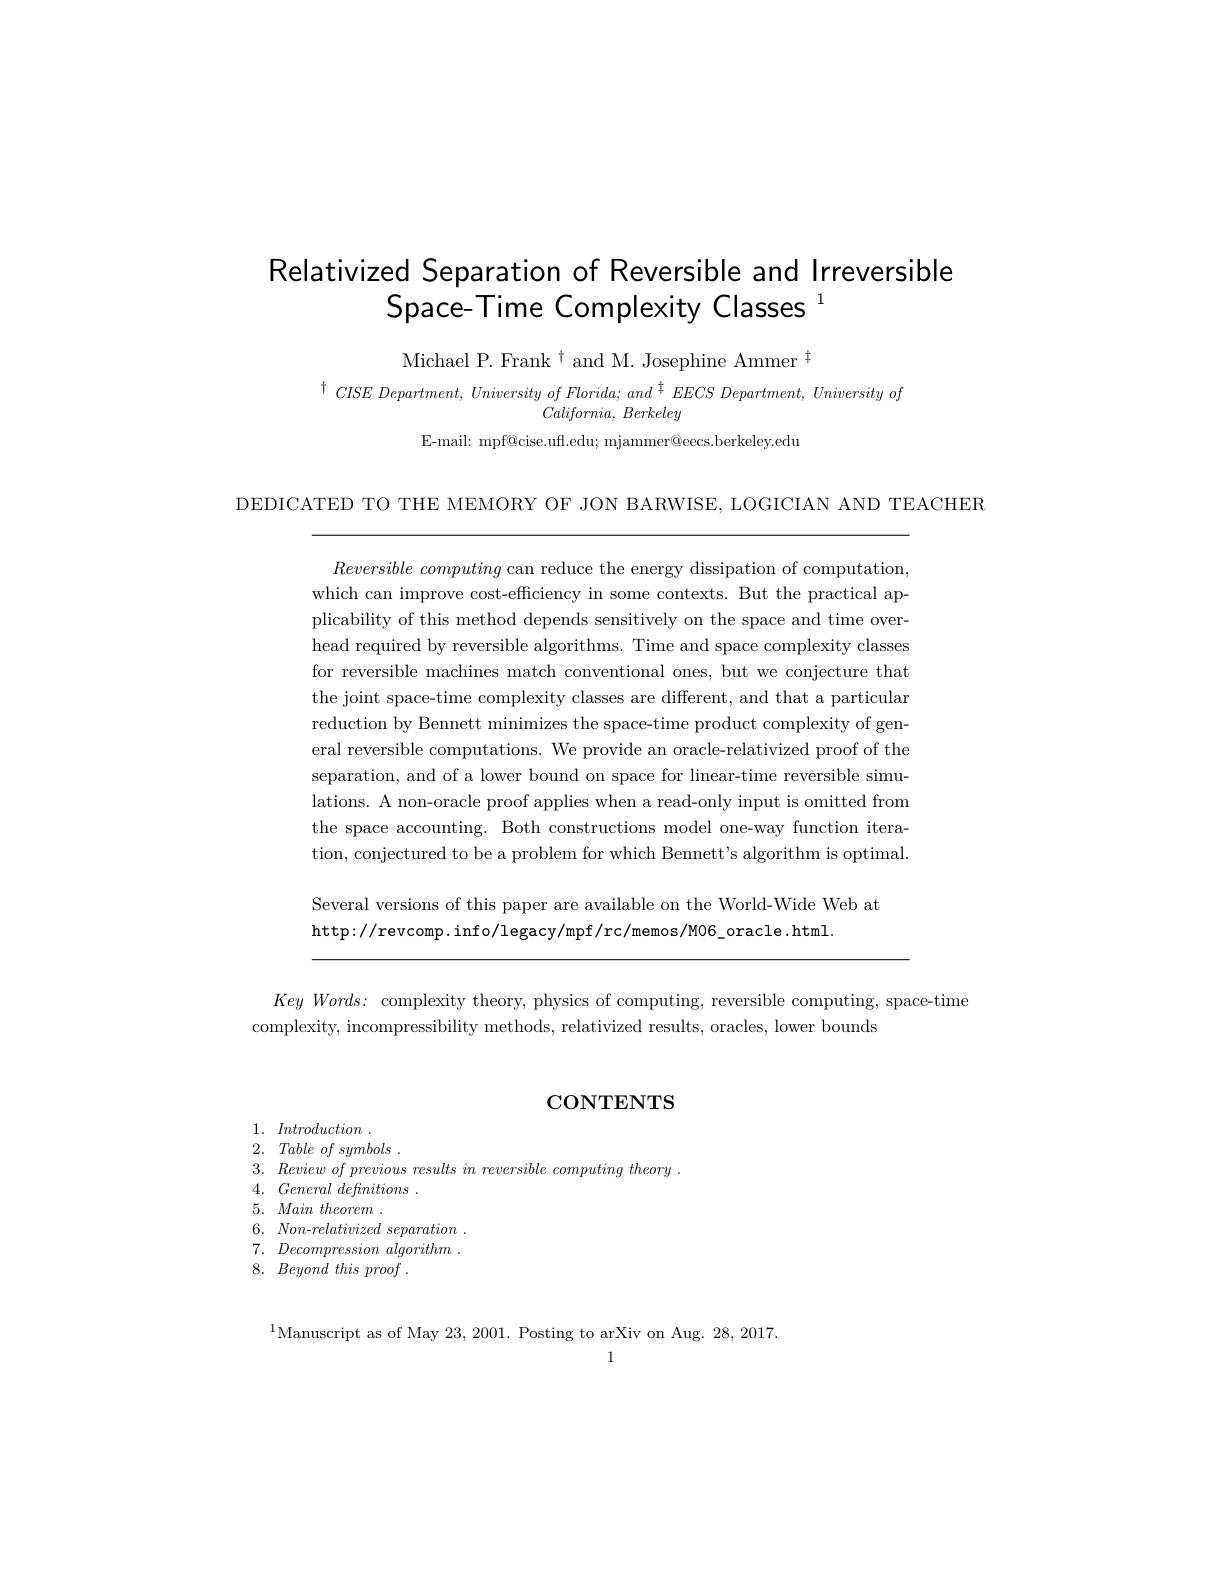
# Relativized Separation of Reversible and Irreversible Space-Time Complexity Classes $^{1}$

Michael P. Frank $^{\dagger}$ and M. Josephine Ammer$^{\dagger}$

$^{\dagger}CISEDepartment,UniversityofFlorida;and^{\dagger}EECSDepartment,Universityof$
$\textit{California, Berkeley}$
E-mail: mpf@cise.uft.edu; mjammer@eecs.berkeley.edu

DEDICATED TO THE MEMORY OF JON BARWISE, LOGICIAN AND TEACHER

$Reversible\textit{ computing can reduce the energy dissipation of computation, }$ which can improve cost-efficiency in some contexts. But the practical applicability of this method depends sensitively on the space and time overhead required by reversible algorithms. Time and space complexity classes for reversible machines match conventional ones, but we conjecture that the joint space-time complexity classes are different, and that a particulan reduction by Bennett minimizes the space-time product complexity of general reversible computations. We provide an oracle-relativized proof of the separation, and of a lower bound on space for linear-time reversible simulations. A non-oracle proof applies when a read-only input is omitted from the space accounting. Both constructions model one-way function iteration, conjectured to be a problem for which Bennett's algorithm is optimal. Several versions of this paper are available on the World-Wide Web at

http://revcomp.info/legacy/mpf/rc/memos/M06_oracle.html

Key $Words:$ complexity theory, physics of computing, reversible computing, space-time
complexity, incompressibility methods, relativized results, oracles, lower bounds

# CONTENTS

1. Introduction .
2. Table $of$ symbols .
3. Review $of$ previous results $in$ reversible computing theory .
4. $General\textit{ definitions }.$
5. Main theorem
6. $Non- relativized$ separation 7. Decompression algorithm . 8. Beyond this proof .

$^{1}$Manuscript as of May 23,2001. Posting to arXiv on Aug. 28,2017

1